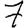
Digit: 7